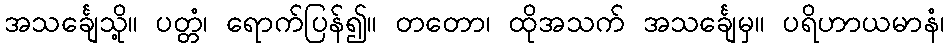
အသင်္ချေသို့။ ပတ္တံ၊ ရောက်ပြန်၍။ တတော၊ ထိုအသက် အသင်္ချေမှ။ ပရိဟာယမာနံ၊